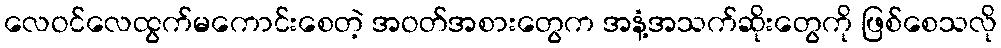
လေဝင်လေထွက်မကောင်းစေတဲ့ အဝတ်အစားတွေက အနံ့အသက်ဆိုးတွေကို ဖြစ်စေသလို